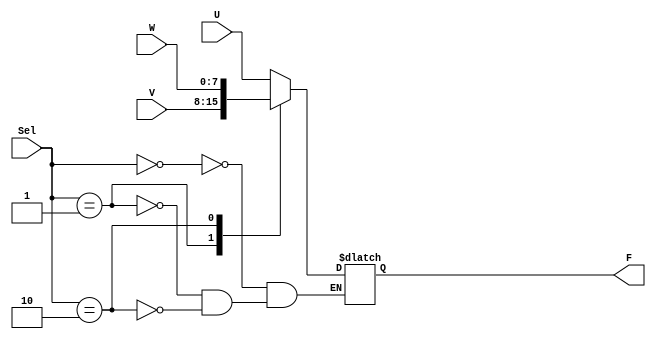
module mux3to1 #(
        parameter k = 8
    )(
        input       [k-1:0] U,
        input       [k-1:0] V,
        input       [k-1:0] W,
        input       [1:0]   Sel,
        output  reg [k-1:0] F
    );

    always@(U or V or W or Sel) begin
        case (Sel)
            2'b00:
                F <= U;
            2'b01:
                F <= V;
            2'b10:
                F <= W;
        endcase
    end
endmodule